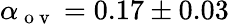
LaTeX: \alpha_{\mathrm{~o~v~}}=0.17\pm 0.03